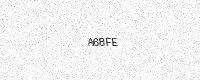
Text: A68FE